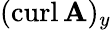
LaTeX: (\operatorname{curl}\mathbf{A})_{y}